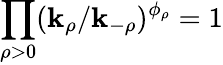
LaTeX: \prod_{\rho>0}(\mathbf{k}_{\rho}/\mathbf{k}_{-\rho})^{\phi_{\rho}}=1